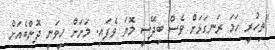
"ތިހުރީ ހަމަ ރަނގަޅަށް ވެސް ބިދޭސީ މޮޔަ ވެފައި. މަށަށް ހީވަނީ ދޮންބެއަށް